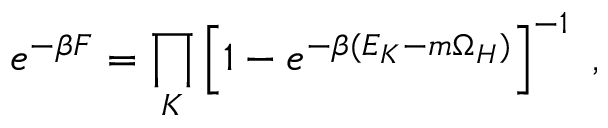
e ^ { - \beta F } = \prod _ { K } \left[ 1 - e ^ { - \beta ( E _ { K } - m \Omega _ { H } ) } \right] ^ { - 1 } ~ ,